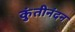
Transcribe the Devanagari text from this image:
कुंतीनंदन